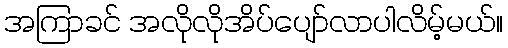
အကြာခင် အလိုလိုအိပ်ပျော်လာပါလိမ့်မယ်။